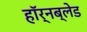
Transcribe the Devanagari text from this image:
हॉर्नब्लेड